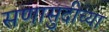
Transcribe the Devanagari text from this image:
सणासुदीच्या